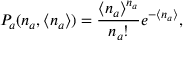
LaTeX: P _ { a } ( n _ { a } , \langle n _ { a } \rangle ) = \frac { \langle n _ { a } \rangle ^ { n _ { a } } } { n _ { a } ! } e ^ { - \langle n _ { a } \rangle } ,